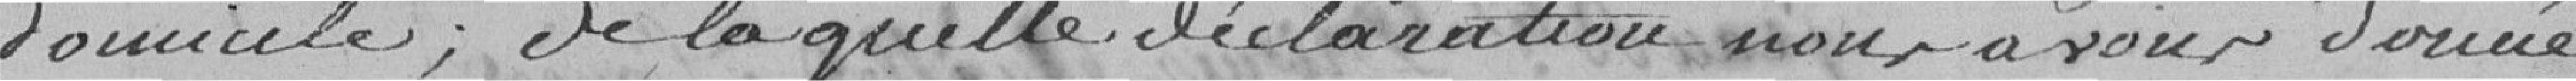
domicile ; de laquelle déclaration nous avons donné